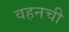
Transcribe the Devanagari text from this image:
वहनची